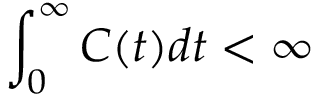
\int _ { 0 } ^ { \infty } C ( t ) d t < \infty